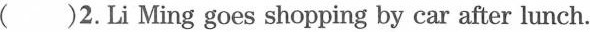
( )2.Li Ming goes shopping by car after lunch.